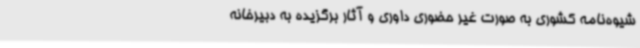
شیوه‌نامه کشوری به صورت غیر حضوری داوری و آثار برگزیده به دبیرخانه